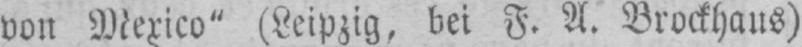
von Mexico“ (Leipzig, bei F. A. Brockhaus)